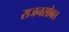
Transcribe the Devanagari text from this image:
राजनसोबत